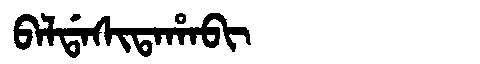
Manchu: ᠪᠠᠯᡩᠠᠰᡳᡨᠠᡥᠠᠪᡳ
Romanization: BALDASITAHABI